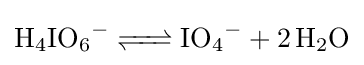
{\ce {H4IO6- <=> IO4- + 2 H2O}}